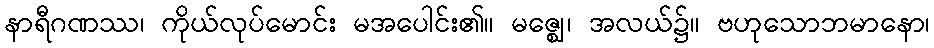
နာရီဂဏဿ၊ ကိုယ်လုပ်မောင်း မအပေါင်း၏။ မဇ္ဈေ၊ အလယ်၌။ ဗဟုသောဘမာနော၊